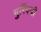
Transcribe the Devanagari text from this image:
गुरिंदजी